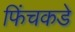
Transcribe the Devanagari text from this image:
फिंचकडे